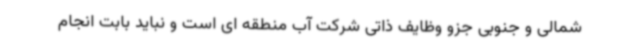
شمالی و جنوبی جزو وظایف ذاتی شرکت آب منطقه ای است و نباید بابت انجام